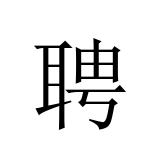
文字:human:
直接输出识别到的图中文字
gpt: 聘